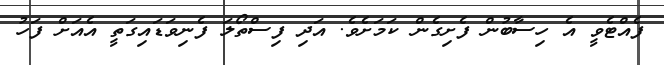
ފެއްޓެވީ އެ ހިސާބުން ފެށިގެން ކަމަށެވެ. އަދި ފިސްތޯލަ ފެނިވަޑައިގަތީ އެއަށް ފަހު